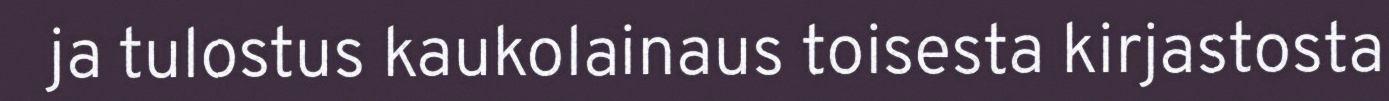
ja tulostus kaukolainaus toisesta kirjastosta